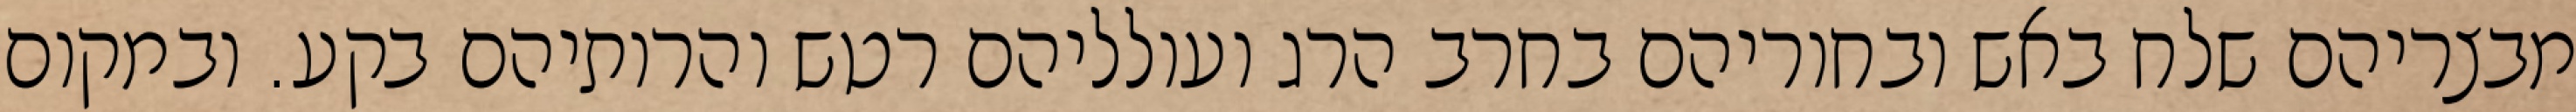
מבצריהם שלח באש ובחוריהם בחרב הרג ועולליהם רטש והרותיהם בקע. ובמקום